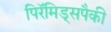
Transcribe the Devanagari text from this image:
पिरॅमिड्सपैकी